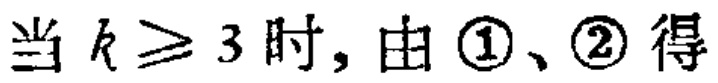
当 \(k \geq 3\) 时, 由 \textcircled{1}、\textcircled{2} 得